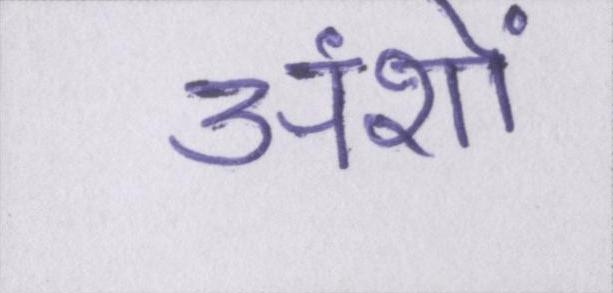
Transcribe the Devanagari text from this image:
अंशों